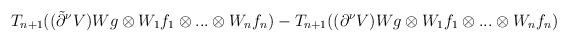
\begin{align*}T_{n+1}((\tilde\partial^\nu V)Wg\otimes W_1f_1\otimes...\otimes W_nf_n)-T_{n+1}((\partial^\nu V)Wg\otimes W_1f_1\otimes...\otimes W_nf_n)\end{align*}